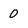
Character: 0